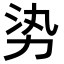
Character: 𪟛